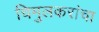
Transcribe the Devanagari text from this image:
चिमुलकरांचा